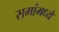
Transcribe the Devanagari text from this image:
समांमध्ये